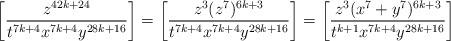
LaTeX: \begin{align*}\left [\frac{z^{42k + 24}}{t^{7k + 4}x^{7k + 4}y^{28k + 16}}\right]= \left [\frac{z^3(z^7)^{6k + 3}}{t^{7k + 4}x^{7k + 4}y^{28k + 16}}\right]= \left [\frac{z^3(x^7 + y^7)^{6k + 3}}{t^{k + 1}x^{7k + 4}y^{28k + 16}}\right]\end{align*}